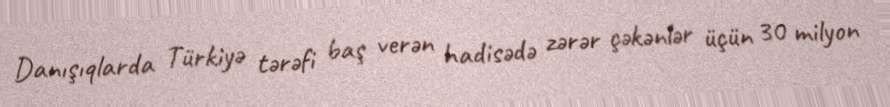
Danışıqlarda Türkiyə tərəfi baş verən hadisədə zərər çəkənlər üçün 30 milyon